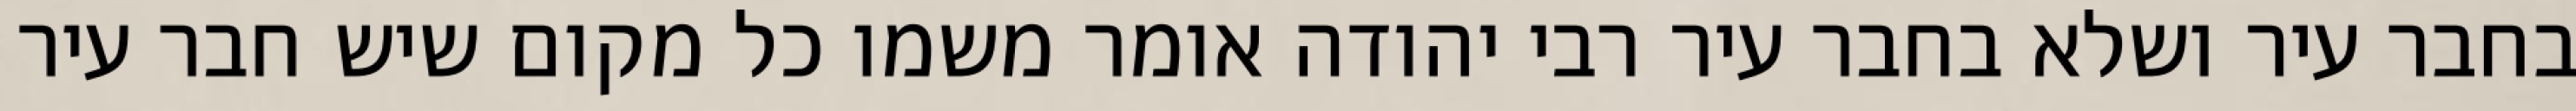
בחבר עיר ושלא בחבר עיר רבי יהודה אומר משמו כל מקום שיש חבר עיר